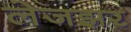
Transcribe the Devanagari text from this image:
लेजझर